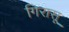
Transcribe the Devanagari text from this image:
गिरासू